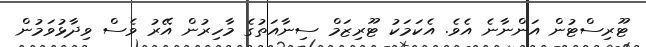
ޓޫރިސްޓުން އަންނާނެ އެވެ. އެކަމަކު ޓޫރިޒަމް ސިނާއަތުގެ މާހިރުން އޭރު ވެސް ވިދާޅުވަމުން